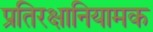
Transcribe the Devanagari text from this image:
प्रतिरक्षानियामक